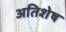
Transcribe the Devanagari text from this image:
अतिशेष